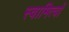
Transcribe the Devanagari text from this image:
स्वामित्वों